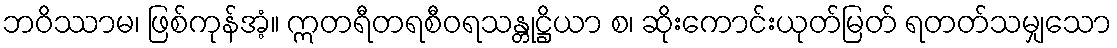
ဘဝိဿာမ၊ ဖြစ်ကုန်အံ့။ ဣတရီတရစီဝရသန္တုဋ္ဌိယာ စ၊ ဆိုးကောင်းယုတ်မြတ် ရတတ်သမျှသော